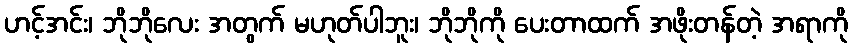
ဟင့်အင်း၊ ဘိုဘိုလေး အတွက် မဟုတ်ပါဘူး၊ ဘိုဘိုကို ပေးတာထက် အဖိုးတန်တဲ့ အရာကို